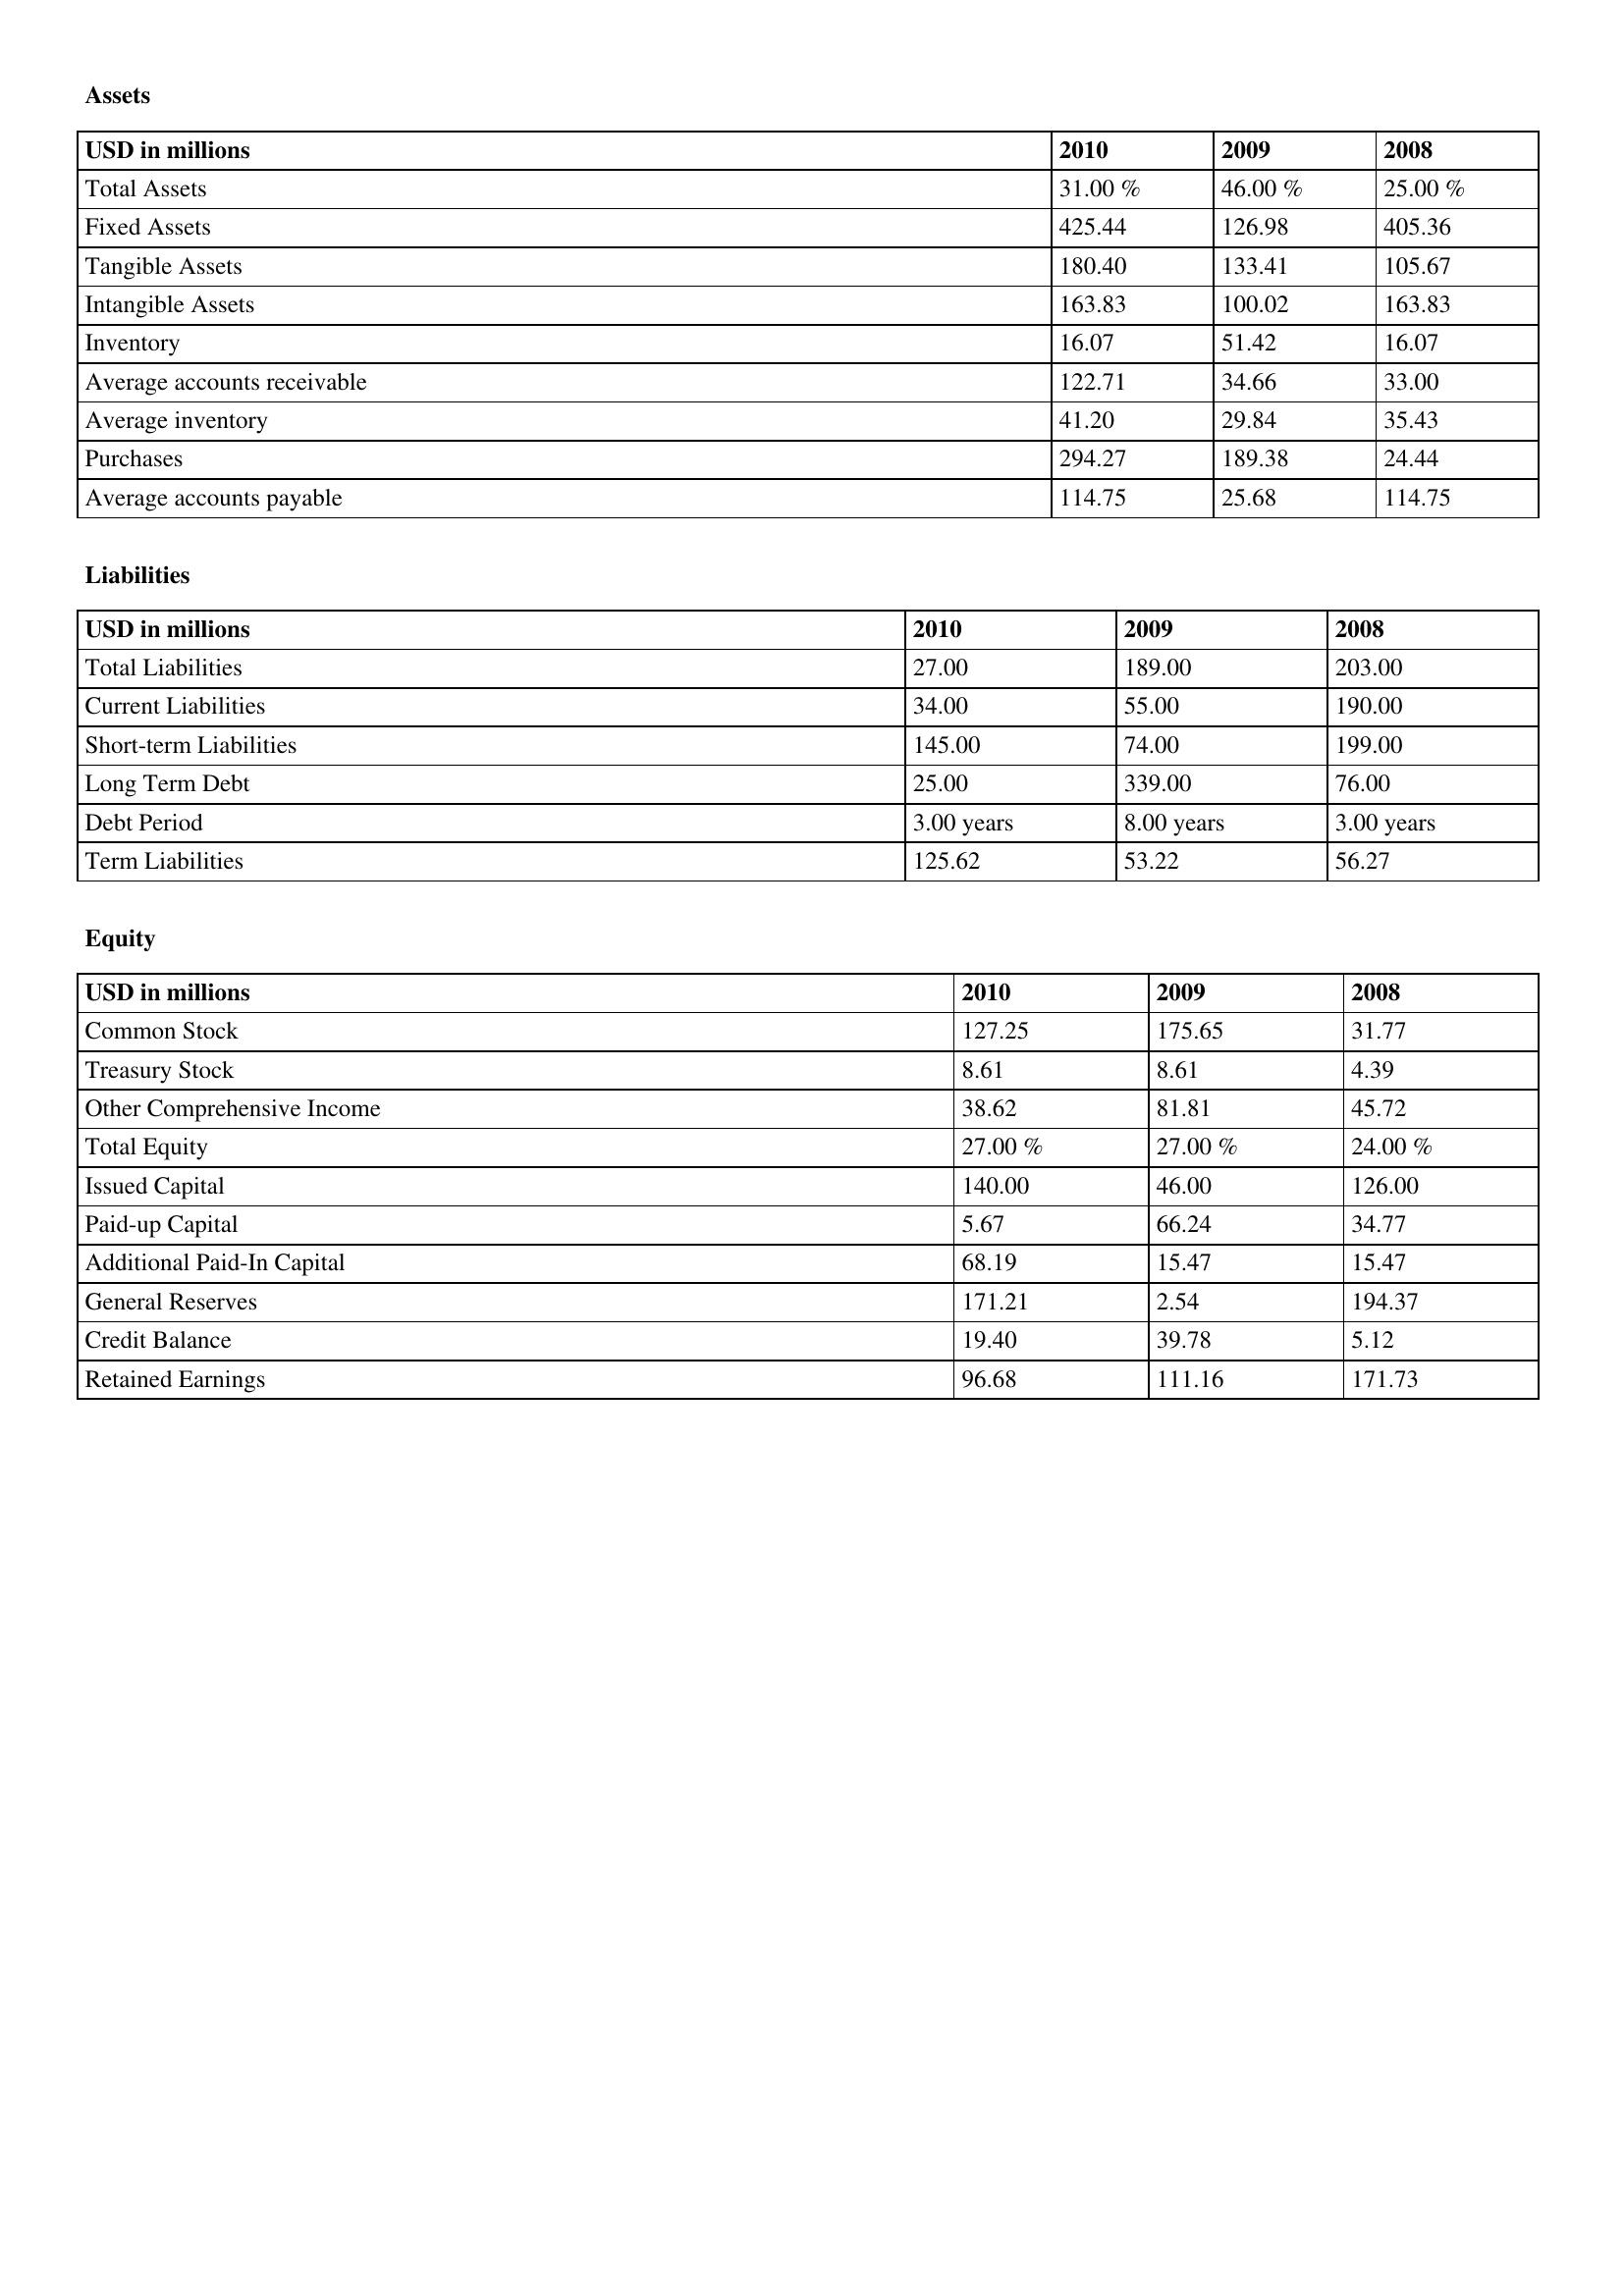
gt_parse: 2010: Assets: Total Assets: 31.00 %
Fixed Assets: 425.44
Tangible Assets: 180.40
Intangible Assets: 163.83
Inventory: 16.07
Average accounts receivable: 122.71
Average inventory: 41.20
Purchases: 294.27
Average accounts payable: 114.75
Liabilities: Total Liabilities: 27.00
Current Liabilities: 34.00
Short-term Liabilities: 145.00
Long Term Debt: 25.00
Debt Period: 3.00 years
Term Liabilities: 125.62
Equity: Common Stock: 127.25
Treasury Stock: 8.61
Other Comprehensive Income: 38.62
Total Equity: 27.00 %
Issued Capital: 140.00
Paid-up Capital: 5.67
Additional Paid-In Capital: 68.19
General Reserves: 171.21
Credit Balance: 19.40
Retained Earnings: 96.68
2009: Assets: Total Assets: 46.00 %
Fixed Assets: 126.98
Tangible Assets: 133.41
Intangible Assets: 100.02
Inventory: 51.42
Average accounts receivable: 34.66
Average inventory: 29.84
Purchases: 189.38
Average accounts payable: 25.68
Liabilities: Total Liabilities: 189.00
Current Liabilities: 55.00
Short-term Liabilities: 74.00
Long Term Debt: 339.00
Debt Period: 8.00 years
Term Liabilities: 53.22
Equity: Common Stock: 175.65
Treasury Stock: 8.61
Other Comprehensive Income: 81.81
Total Equity: 27.00 %
Issued Capital: 46.00
Paid-up Capital: 66.24
Additional Paid-In Capital: 15.47
General Reserves: 2.54
Credit Balance: 39.78
Retained Earnings: 111.16
2008: Assets: Total Assets: 25.00 %
Fixed Assets: 405.36
Tangible Assets: 105.67
Intangible Assets: 163.83
Inventory: 16.07
Average accounts receivable: 33.00
Average inventory: 35.43
Purchases: 24.44
Average accounts payable: 114.75
Liabilities: Total Liabilities: 203.00
Current Liabilities: 190.00
Short-term Liabilities: 199.00
Long Term Debt: 76.00
Debt Period: 3.00 years
Term Liabilities: 56.27
Equity: Common Stock: 31.77
Treasury Stock: 4.39
Other Comprehensive Income: 45.72
Total Equity: 24.00 %
Issued Capital: 126.00
Paid-up Capital: 34.77
Additional Paid-In Capital: 15.47
General Reserves: 194.37
Credit Balance: 5.12
Retained Earnings: 171.73